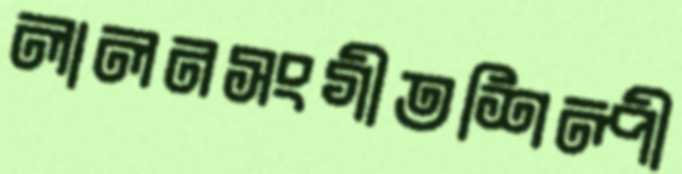
লালনসংগীতশিল্পী